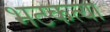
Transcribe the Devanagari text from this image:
भटकत्या